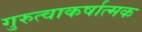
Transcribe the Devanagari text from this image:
गुरुत्वाकर्षात्मक